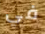
في